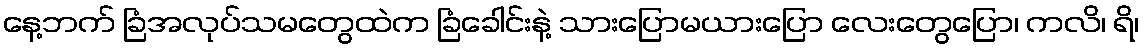
နေ့ဘက် ခြံအလုပ်သမတွေထဲက ခြံခေါင်းနဲ့ သားပြောမယားပြော လေးတွေပြော၊ ကလိ၊ ရိ၊